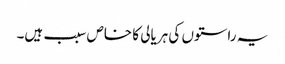
یہ راستوں کی ہریالی کا خاص سبب ہیں۔